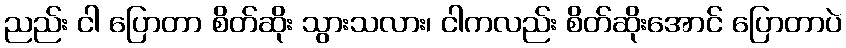
ညည်း ငါ ပြောတာ စိတ်ဆိုး သွားသလား၊ ငါကလည်း စိတ်ဆိုးအောင် ပြောတာပဲ